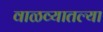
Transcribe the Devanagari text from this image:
वाळव्यातल्या